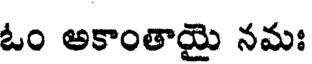
ఓం అకాంతాయై నమః